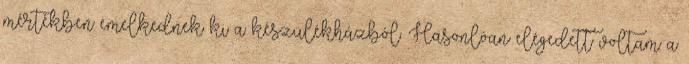
mértékben emelkednek ki a készülékházból. Hasonlóan elégedett voltam a